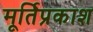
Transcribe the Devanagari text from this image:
मूर्तिप्रकाश